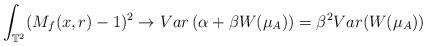
LaTeX: \begin{align*}\int_{\mathbb{T}^2}(M_f(x,r)-1)^2\rightarrow Var\left( \alpha + \beta W(\mu_{A}) \right)= \beta^2Var(W(\mu_A)) \end{align*}